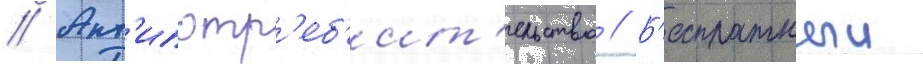
// Ант'ипотр'еб'ит'ельство // Б'есплатныи